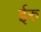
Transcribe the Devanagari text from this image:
ईरु